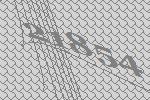
21854